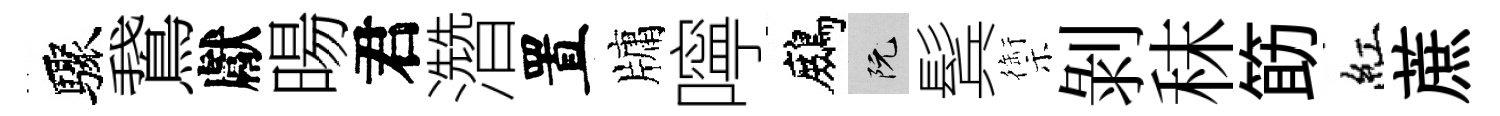
驟鵞獻暘君濳置牗嚀鷓阮鬂禦剝秣筯紅蔗